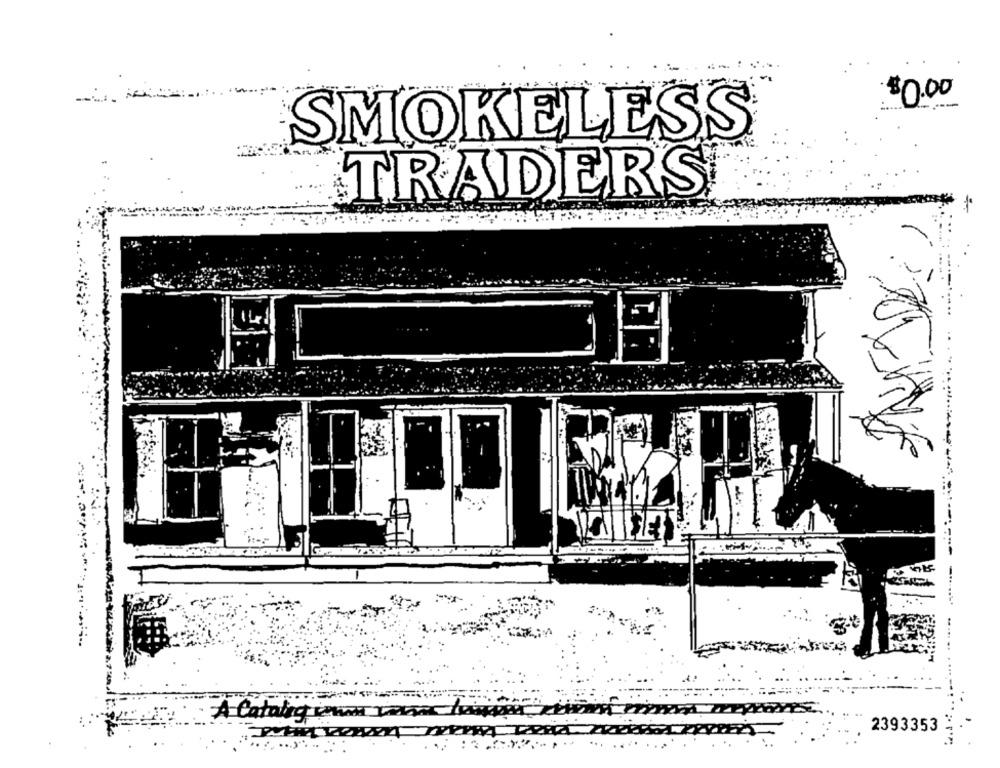
$0.00
--
SMOKELESS
TRADERS
Cad
2393353
....